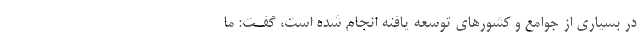
در بسیاری از جوامع و کشور‌های توسعه یافته انجام شده است، گفـت: ما